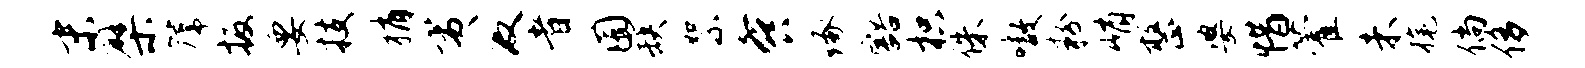
末檗篪扳要技稍夷及者囿缺絮餐琢豁枳侏嗷粉峭整婆惜藿未旄倘侈